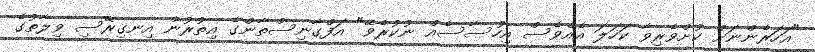
"އަަހަރެންނަށް ކުށްވެރިވާ ކަހަލަ އެއްވެސް އިހުސާސެއް ނުކުރެވޭ" އަފްގާނިސްތާންގެ އިތުރުން އިނގިރޭސި ވިލާތުގެ